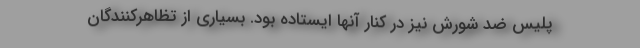
پلیس ضد شورش نیز در کنار آنها ایستاده بود. بسیاری از تظاهرکنندگان